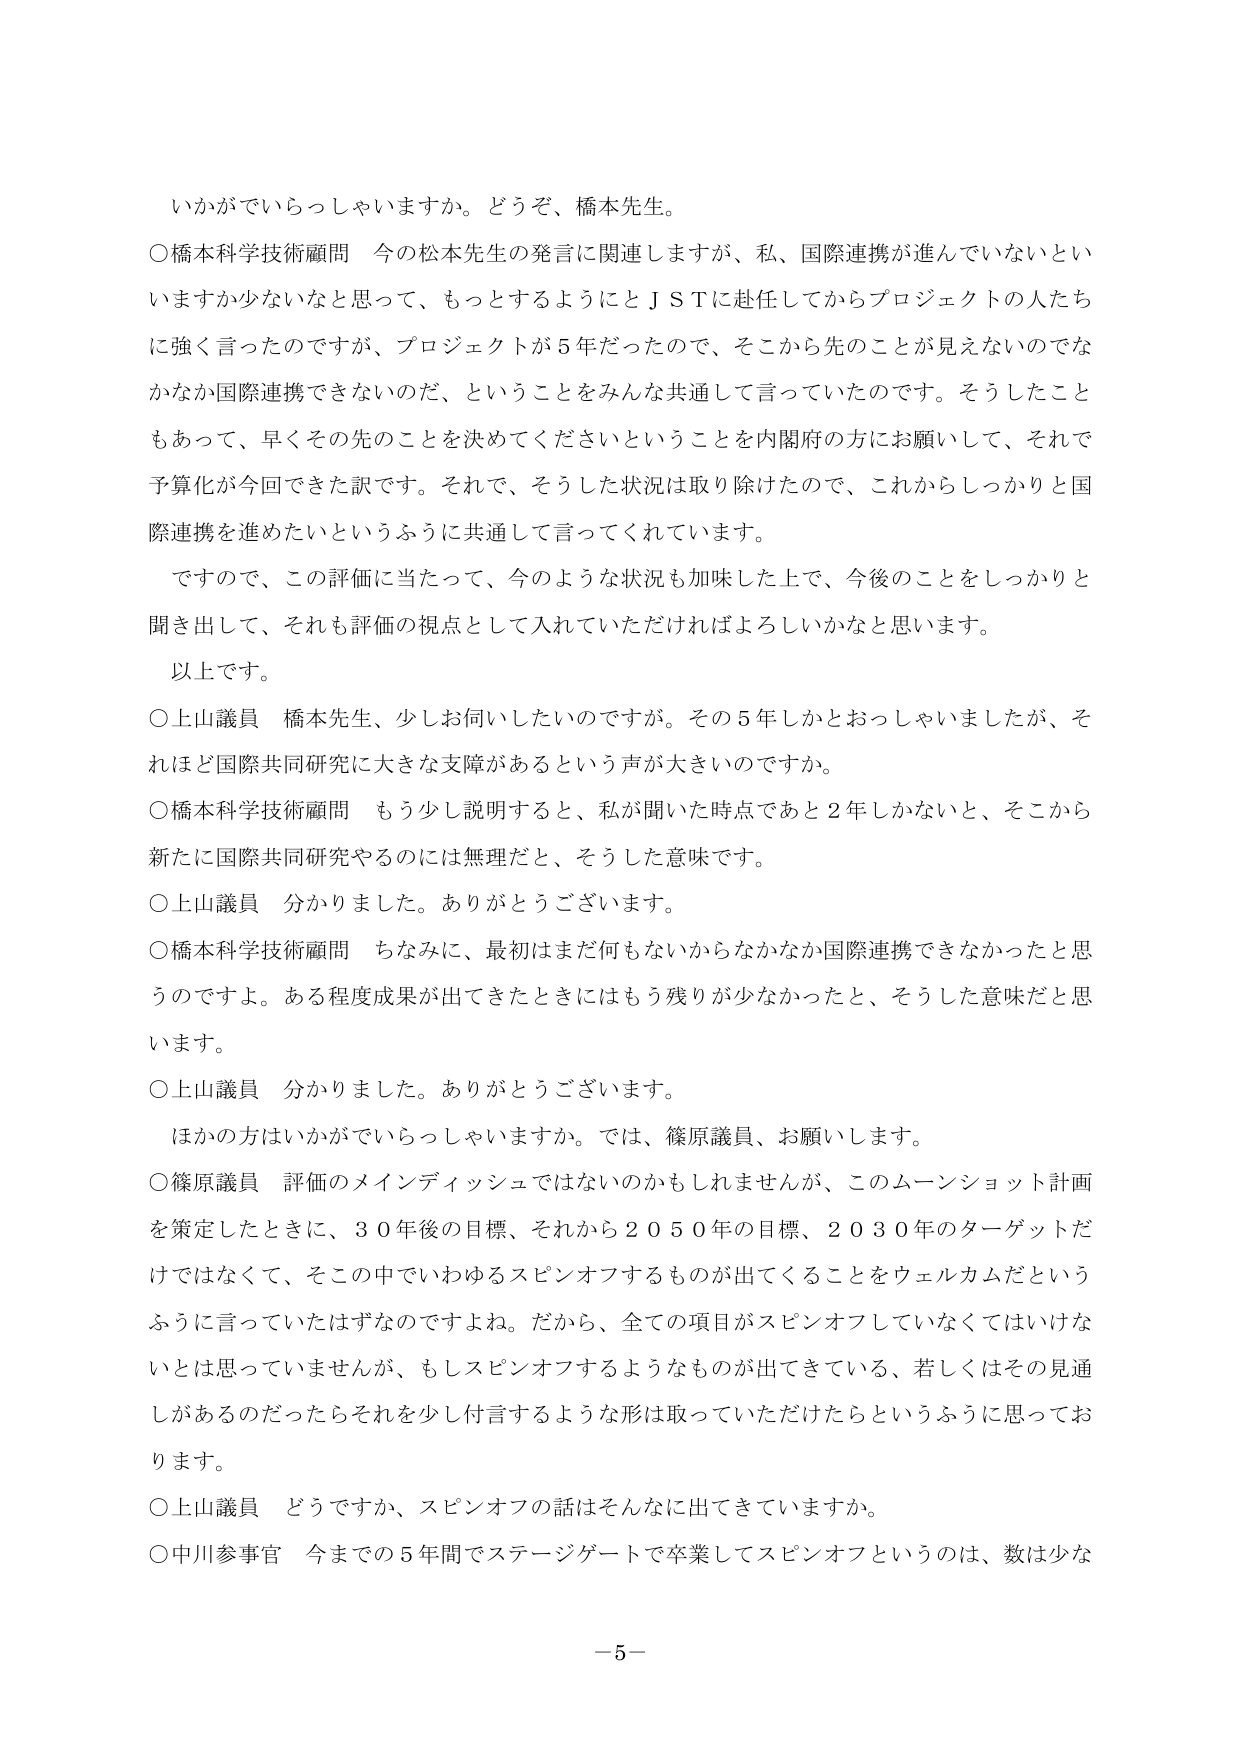
いかがでいらっしゃいますか。どうぞ、橋本先生。

○橋本科学技術顧問 今の松本先生の発言に関連しますが、私、国際連携が進んでいないとい
いますか少ないなと思って、もっとするようにとＪＳＴに赴任してからプロジェクトの人たち
に強く言ったのですが、プロジェクトが５年だったので、そこから先のことが見えないのでは
なかなか国際連携できないのだ、ということをみんな共通して言っていたのです。そうしたこと
もあって、早くその先のことを決めてくださいということを内閣府の方にお願いして、それで
予算化が今回できた訳です。それで、そうした状況は取り除けたので、これからしっかりと国
際連携を進めたいというように共通して言ってくれています。

ですので、この評価に当たって、今のような状況も加味した上で、今後のことをしっかりと
聞き出して、それも評価の視点として入れていただければよろしいかなと思います。

以上です。

○上山議員 橋本先生、少しお伺いしたいのですが。その５年しかとおっしゃいましたが、そ
れほど国際共同研究に大きな支障があるという声が大きいのですか。

○橋本科学技術顧問 もう少し説明すると、私が聞いた時点であと２年しかない、と、そこから
新たに国際共同研究やるのは無理だと、そうした意味です。

○上山議員 分かりました。ありがとうございます。

○橋本科学技術顧問 ちなみに、最初はまだ何もないからなかなか国際連携できなかったと思
うのですよ。ある程度成果が出てきたときにはもう残りが少なかったと、そうした意味だと思
います。

○上山議員 分かりました。ありがとうございます。

ほかの方はいかがでいらっしゃいますか。では、篠原議員、お願いします。

○篠原議員 評価のメインディッシュではないのかもしれませんが、このムーンショット計画
を策定したときに、３０年後の目標、それから２０５０年の目標、２０３０年のターゲットだ
けではなくて、そこの中でいわゆるスピンオフするものが出てくることをウェルカムだという
ふうに言っていたはずなのですよね。だから、全ての項目がスピンオフしていなくてはいけな
いとは思っていませんが、もしスピンオフするようなものが出てきている、若しくはその見通
しがあるのだったらそれを少し付言するような形は取っていただけたらというふうに思ってお
ります。

○上山議員 どうですか、スピンオフの話はそんなに出てきていますか。

○中川参事官 今までの５年間でステージゲートで卒業してスピンオフというのは、数は少な

－５－